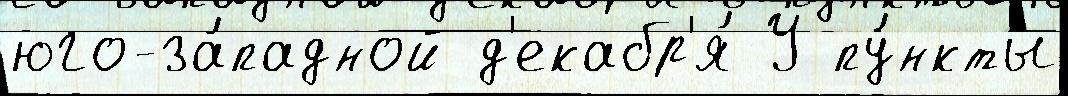
юго-за́падной д'екабр'я́ У пу́нкты